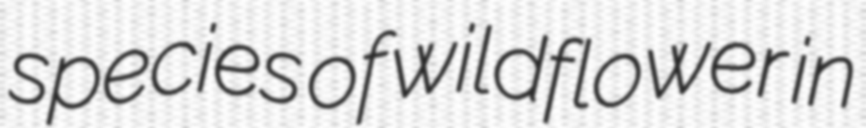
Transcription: species of wildflower in